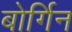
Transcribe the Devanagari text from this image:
बोर्गिन